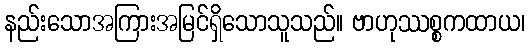
နည်းသောအကြားအမြင်ရှိသောသူသည်။ ဗာဟုဿစ္စကထာယ၊